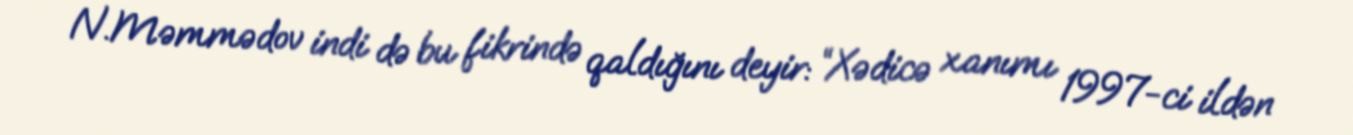
N.Məmmədov indi də bu fikrində qaldığını deyir: “Xədicə xanımı 1997-ci ildən